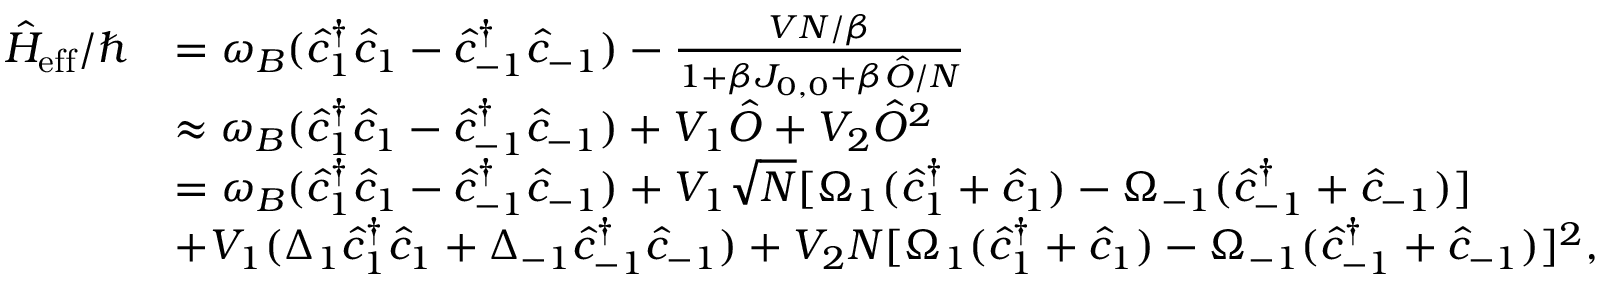
\begin{array} { r l } { \hat { H } _ { \mathrm { e f f } } / \hbar } & { = \omega _ { B } ( \hat { c } _ { 1 } ^ { \dagger } \hat { c } _ { 1 } - \hat { c } _ { - 1 } ^ { \dagger } \hat { c } _ { - 1 } ) - \frac { V N / \beta } { 1 + \beta J _ { 0 , 0 } + \beta \hat { O } / N } } \\ & { \approx \omega _ { B } ( \hat { c } _ { 1 } ^ { \dagger } \hat { c } _ { 1 } - \hat { c } _ { - 1 } ^ { \dagger } \hat { c } _ { - 1 } ) + V _ { 1 } \hat { O } + V _ { 2 } \hat { O } ^ { 2 } } \\ & { = \omega _ { B } ( \hat { c } _ { 1 } ^ { \dagger } \hat { c } _ { 1 } - \hat { c } _ { - 1 } ^ { \dagger } \hat { c } _ { - 1 } ) + V _ { 1 } \sqrt { N } [ \Omega _ { 1 } ( \hat { c } _ { 1 } ^ { \dagger } + \hat { c } _ { 1 } ) - \Omega _ { - 1 } ( \hat { c } _ { - 1 } ^ { \dagger } + \hat { c } _ { - 1 } ) ] } \\ & { + V _ { 1 } ( \Delta _ { 1 } \hat { c } _ { 1 } ^ { \dagger } \hat { c } _ { 1 } + \Delta _ { - 1 } \hat { c } _ { - 1 } ^ { \dagger } \hat { c } _ { - 1 } ) + V _ { 2 } N [ \Omega _ { 1 } ( \hat { c } _ { 1 } ^ { \dagger } + \hat { c } _ { 1 } ) - \Omega _ { - 1 } ( \hat { c } _ { - 1 } ^ { \dagger } + \hat { c } _ { - 1 } ) ] ^ { 2 } , } \end{array}